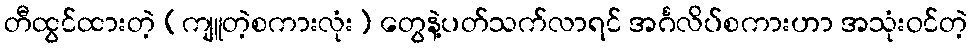
တီထွင်ထားတဲ့ (ကျူတဲ့စကားလုံး) တွေနဲ့ပတ်သက်လာရင် အင်္ဂလိပ်စကားဟာ အသုံးဝင်တဲ့